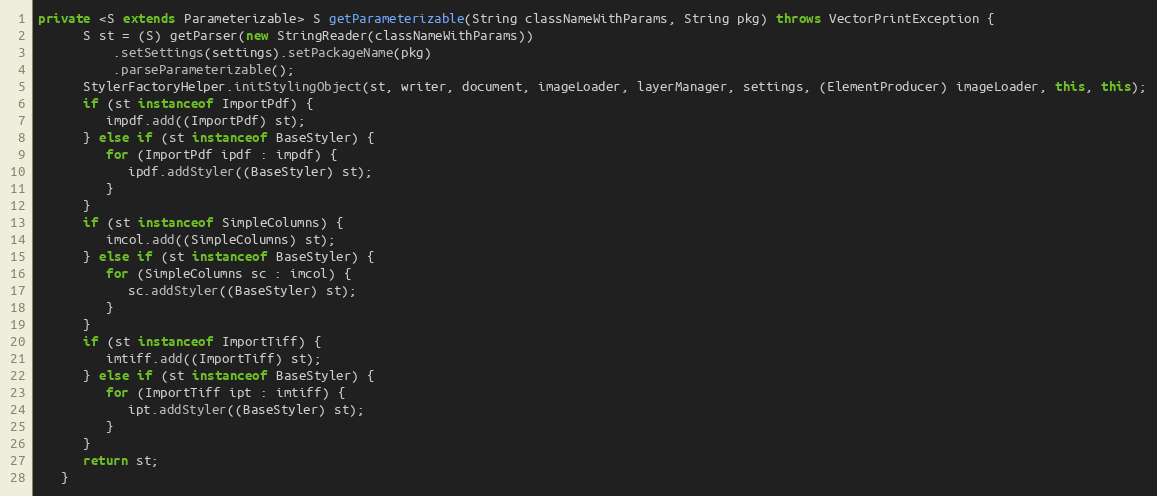
Language: Java
private <S extends Parameterizable> S getParameterizable(String classNameWithParams, String pkg) throws VectorPrintException {
      S st = (S) getParser(new StringReader(classNameWithParams))
          .setSettings(settings).setPackageName(pkg)
          .parseParameterizable();
      StylerFactoryHelper.initStylingObject(st, writer, document, imageLoader, layerManager, settings, (ElementProducer) imageLoader, this, this);
      if (st instanceof ImportPdf) {
         impdf.add((ImportPdf) st);
      } else if (st instanceof BaseStyler) {
         for (ImportPdf ipdf : impdf) {
            ipdf.addStyler((BaseStyler) st);
         }
      }
      if (st instanceof SimpleColumns) {
         imcol.add((SimpleColumns) st);
      } else if (st instanceof BaseStyler) {
         for (SimpleColumns sc : imcol) {
            sc.addStyler((BaseStyler) st);
         }
      }
      if (st instanceof ImportTiff) {
         imtiff.add((ImportTiff) st);
      } else if (st instanceof BaseStyler) {
         for (ImportTiff ipt : imtiff) {
            ipt.addStyler((BaseStyler) st);
         }
      }
      return st;
   }